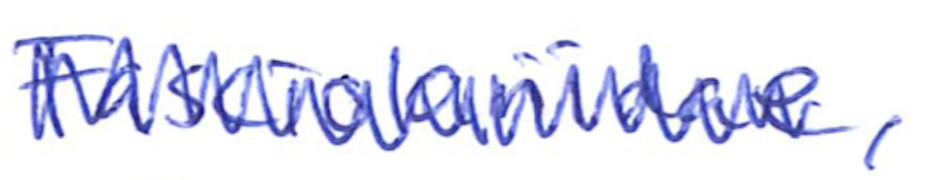
Text: Fasciolariidae,
Cross-out: zig-zag
Writing tool: ballpoint